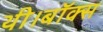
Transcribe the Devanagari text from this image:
थी।बॉक्स